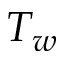
T _ { w }